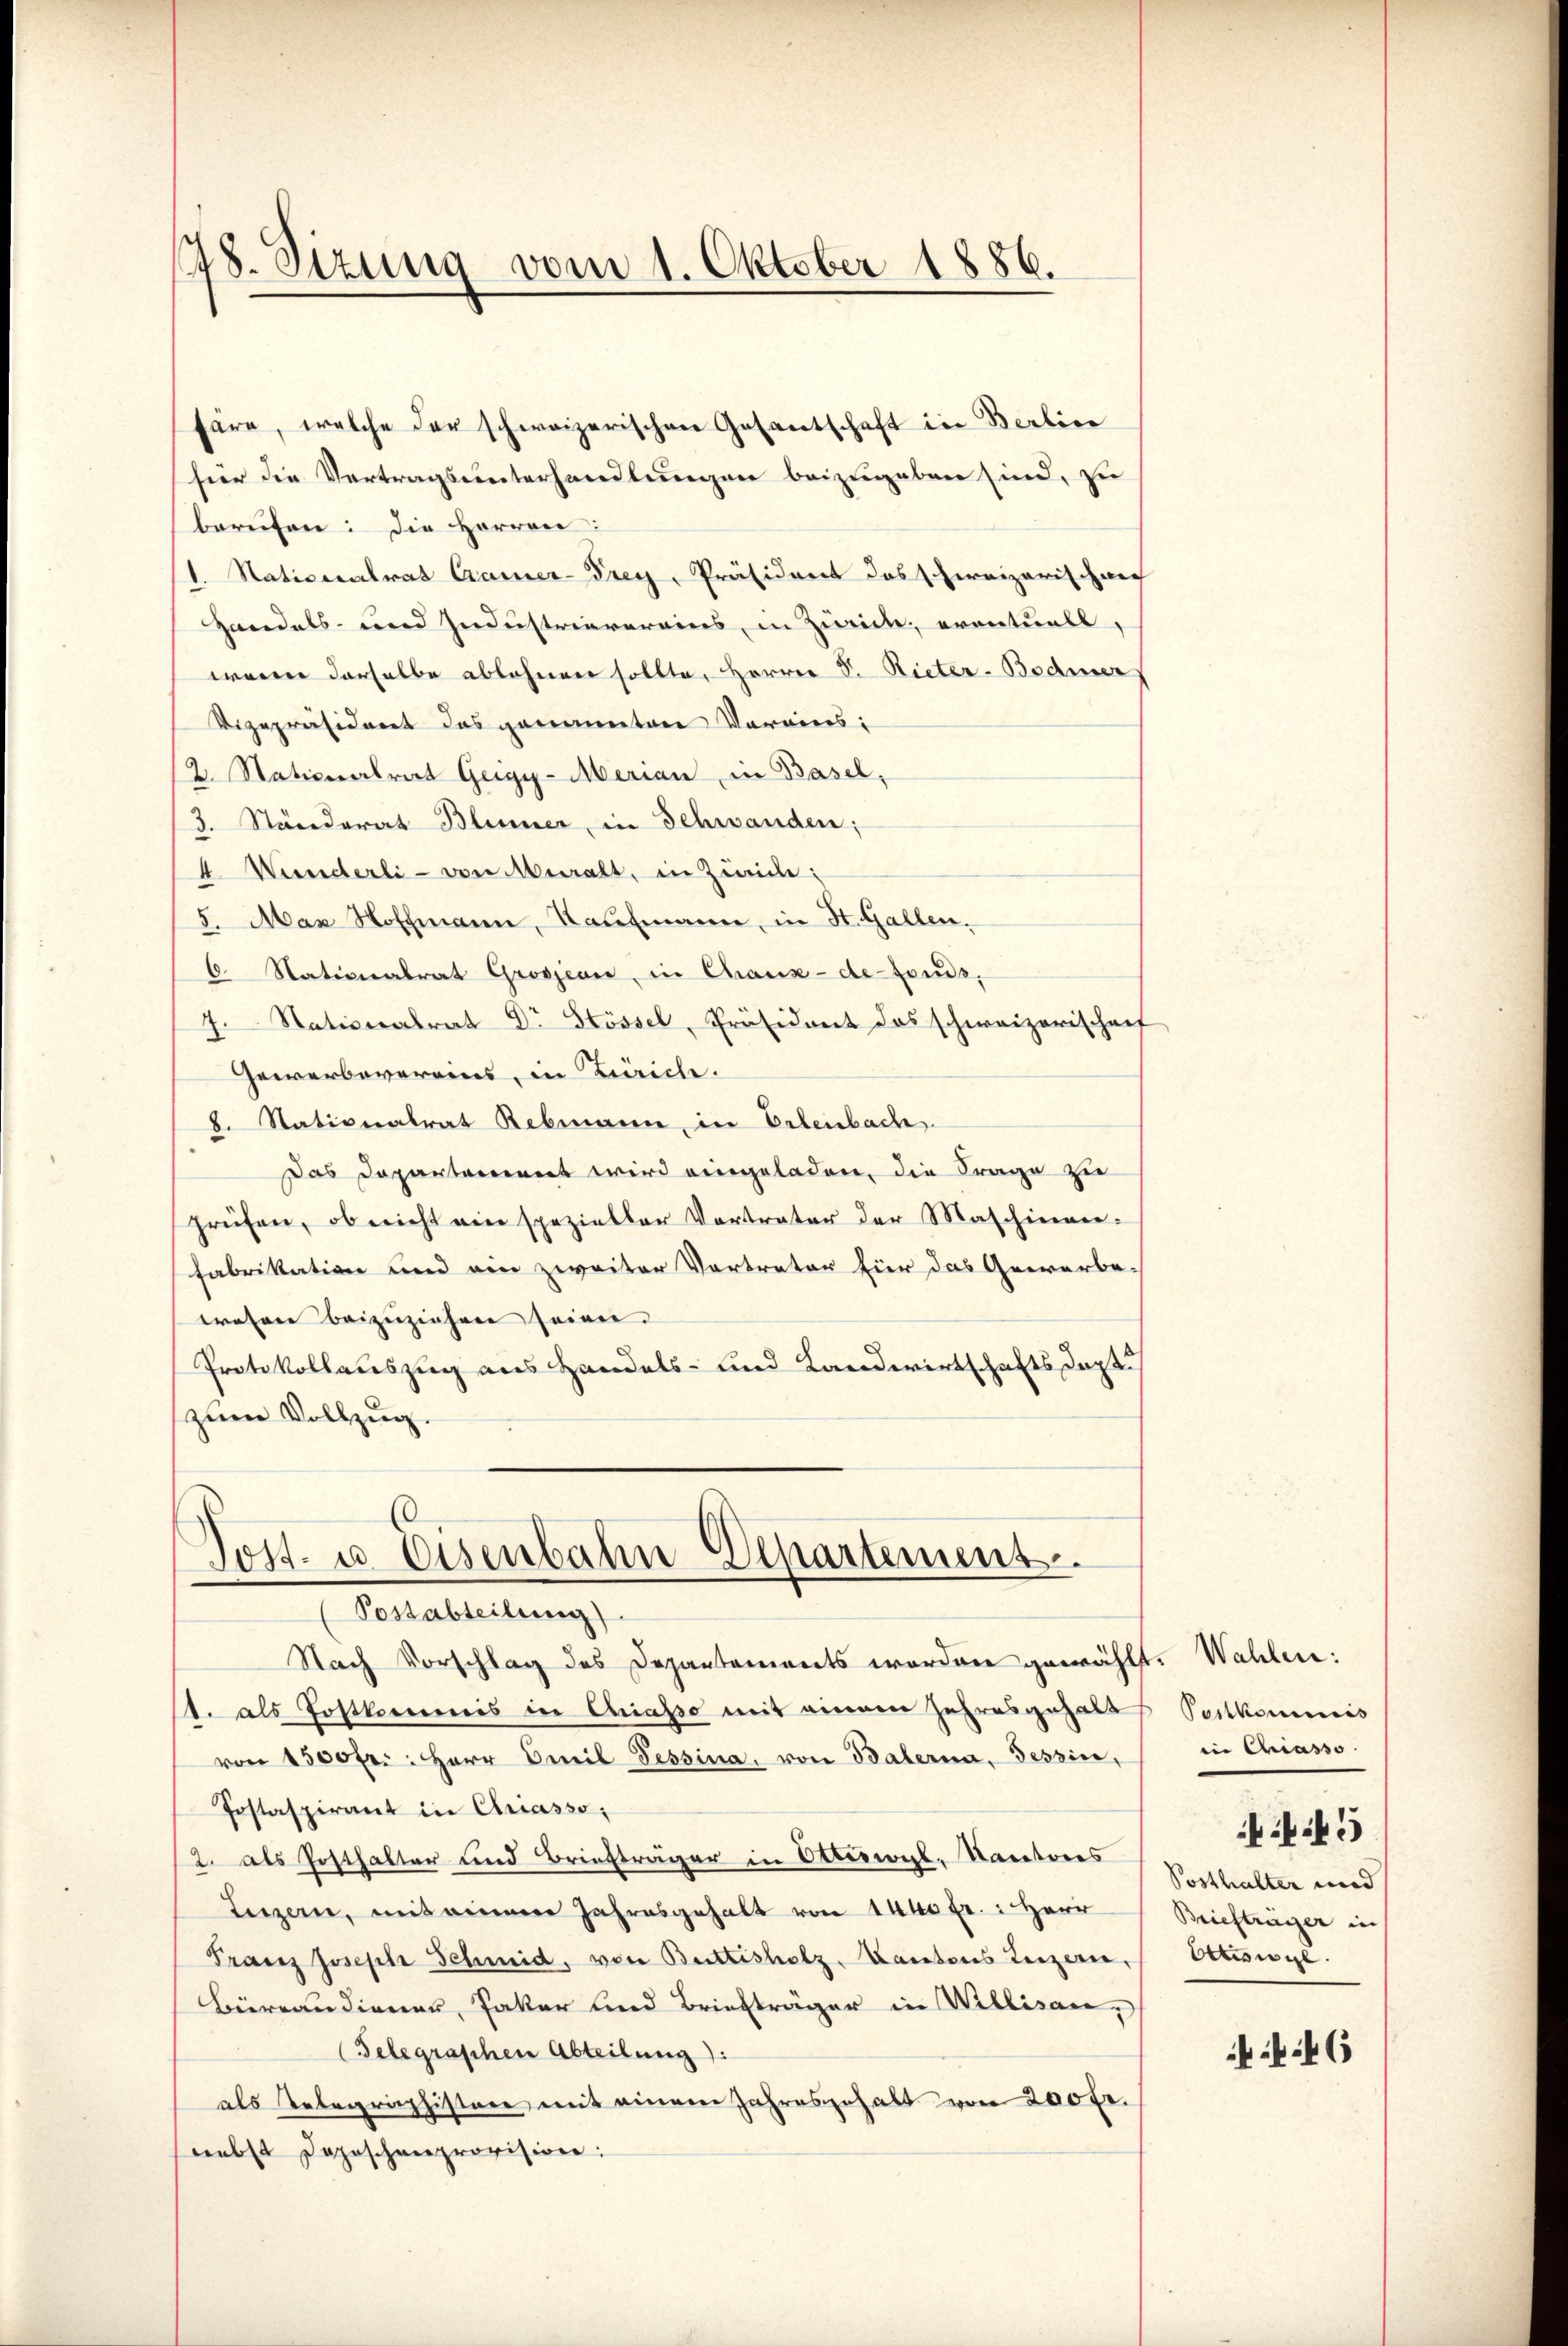
178. Sizung vom 1. Oktober 1886.

säre, welche der schweizerischen Gesantschaft in Berlic
hier die Vertragsunterhandlungen beizugeben sind, zu
berufen: die Herren:
1. Nationalrat Cramer-Prey, Präsident das schweizerischwer
Handels- und Industrierereins, in Zürich, eventuell,
wenn derselbe ablehnen sollte, Herrn S. Rieter-Bodmer
Vizepräsident das genannten Vereins:
/2. Stationalrat Geigy-Merian in Basel,
3. Ständerat Blümer, in Schwanden;
4. Winderli - von Mehralt, in Zweide:
5. Max Hoffmann, Kaufmann, in St. Gallen.
C. Nationalrat Grossjean, in Chaux-de-Fonds,
7. Nationalrat Dr Stössel, Präsident das schweizerischeif
Gewerbevereins, in Zürich.
b. Stationalrat Rebmann, in Erlenbach.
Das Departement wird eingeladen, die Frage zu
prüfen, ob nicht ein spezieller Vortrater der Maschinen-
fabrikation und ein zweiter Vertreter für das Gewerbe-
wesen beizuziehen seien.
Protokollauszug aus Handels- und Landwirtschaftsdapt.
(zum Vollzug.

Tost- u. Eisenbahne Elpartement.
(Postabteilung).

Nach Vorschlag des Departements worden gewählt. Wahlen:
1. als Postkommis in Chiasso mit einem Jahresgehalts Postkommis
von 1500 fr.: Herr Emil Tessina, von Balerna, Tessin,
Jostaspirant in Chriasso,
2. als Posthalter und Briefträger in Ottiswil, Nautores
Luzern, mit einem Jahresgehalt von 1400 fr.: Herr
Franz Joseph Schmid, von Buttisholz, Kantons Luzern, Ottiswyl
Büreaudiener, Jaker und Briefträger in Willisau,
(Telegraschen Abteilung):
als Telegraphisten mit einem Jahresgehalt von 200 Fr.
nebst Depeschenprovision:

in Chiasso
Posthalter und
Briefträger in

e

45

46